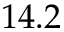
1 4 . 2